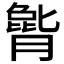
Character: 𪱫